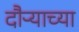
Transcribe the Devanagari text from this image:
दौऱ्याच्या